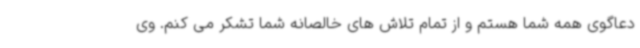
دعاگوی همه شما هستم و از تمام تلاش های خالصانه شما تشکر می کنم. وی